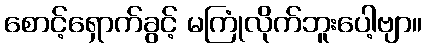
စောင့်ရှောက်ခွင့် မကြုံလိုက်ဘူးပေါ့ဗျာ။